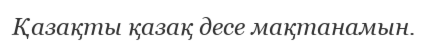
Қазақты қазақ десе мақтанамын.